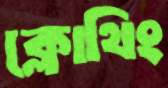
ক্লোথিং